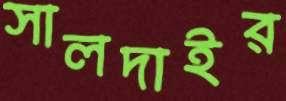
সালদাইর